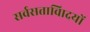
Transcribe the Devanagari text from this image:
सर्वसत्तावािदयों